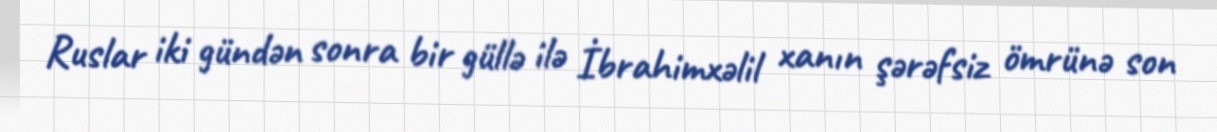
Ruslar iki gündən sonra bir güllə ilə İbrahimxəlil xanın şərəfsiz ömrünə son